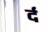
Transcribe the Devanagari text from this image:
र्द